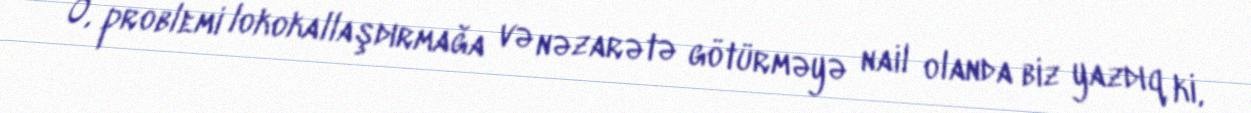
O, problemi lokokallaşdırmağa və nəzarətə götürməyə nail olanda biz yazdıq ki,